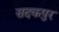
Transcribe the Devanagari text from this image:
सदकपुर